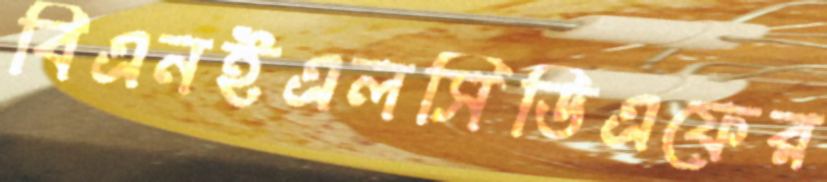
বিএনইএলসিডিএফের